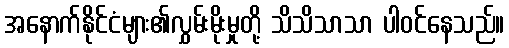
အနောက်နိုင်ငံများ၏လွှမ်းမိုးမှုတို့ သိသိသာသာ ပါဝင်နေသည်။